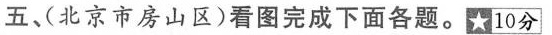
五、(北京市房山区)看图完成下面各题。★10分